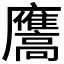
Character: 𭚑